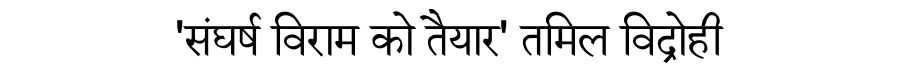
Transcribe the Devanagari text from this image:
'संघर्ष विराम को तैयार' तमिल विद्रोही